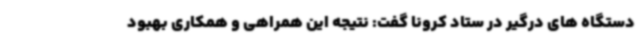
دستگاه های درگیر در ستاد کرونا گفت: نتیجه این همراهی و همکاری بهبود